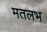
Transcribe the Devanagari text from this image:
मतलभ